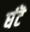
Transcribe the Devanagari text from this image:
घंटॆ